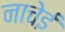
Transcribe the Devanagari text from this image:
नाचेई